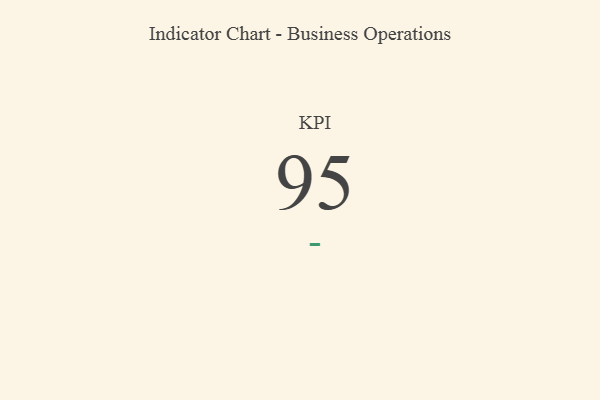
{"axis": {"x": "KPI", "y": "Value"}, "legend": [""], "data": [{"x": "KPI", "y": 95, "type": ""}]}